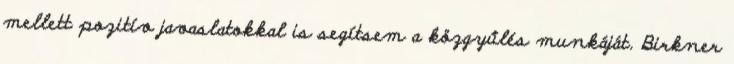
mellett pozitív javaslatokkal is segítsem a közgyűlés munkáját. Birkner